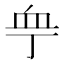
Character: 𧖧